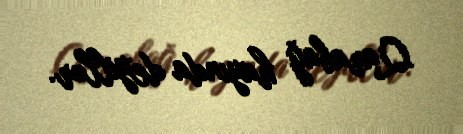
Qarabağ hayında deyillər.